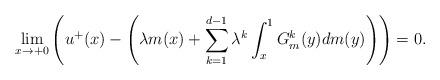
LaTeX: \begin{align*}\lim_{x \to +0} \left(u^+(x) - \left(\lambda m(x) + \sum_{k=1}^{d-1}\lambda^k \int_{x}^{1}G^k_m(y)dm(y)\right)\right) = 0. \end{align*}